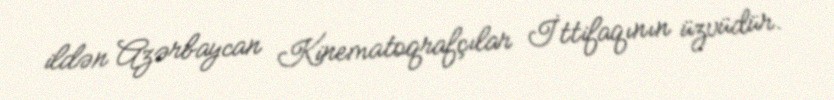
ildən Azərbaycan Kinematoqrafçılar İttifaqının üzvüdür.